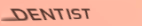
DENTIST